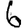
Digit: 6